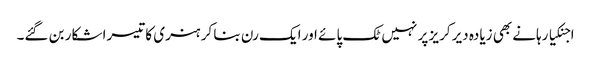
اجنکیا رہانے بھی زیادہ دیر کریز پر نہیں ٹک پائے اور ایک رن بنا کر ہنری کا تیسرا شکار بن گئے۔